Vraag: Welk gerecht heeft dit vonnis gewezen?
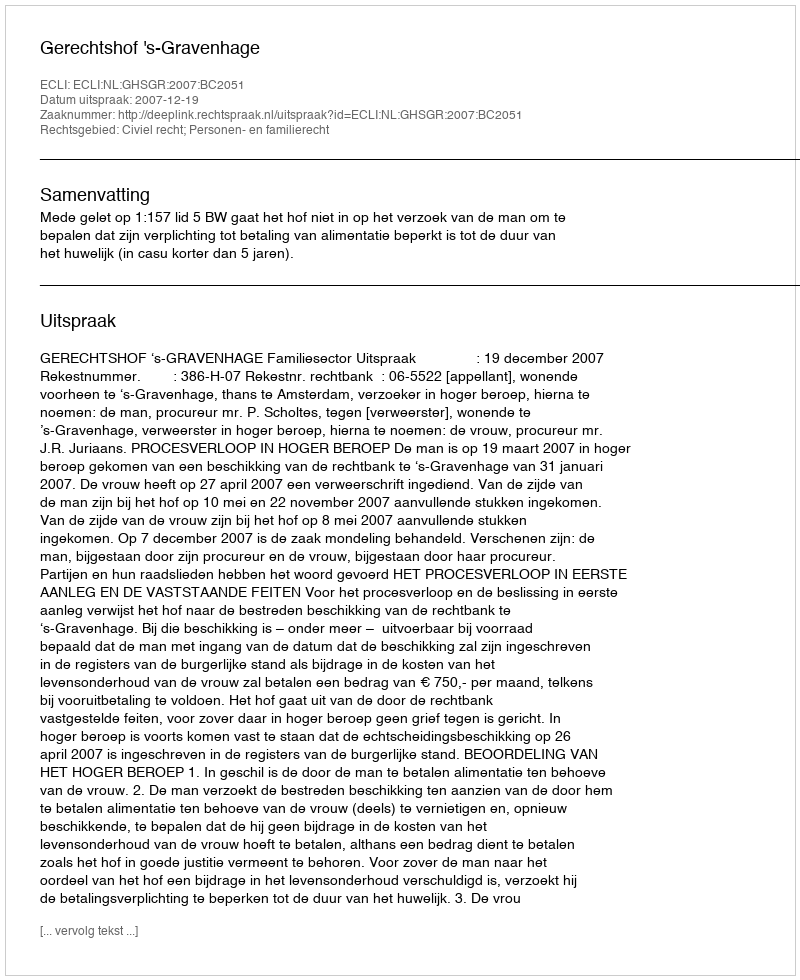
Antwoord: Gerechtshof 's-Gravenhage